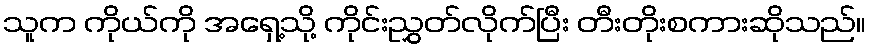
သူက ကိုယ်ကို အရှေ့သို့ ကိုင်းညွှတ်လိုက်ပြီး တီးတိုးစကားဆိုသည်။